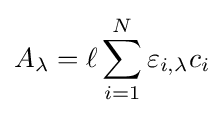
A_{\lambda }=\ell \sum _{i=1}^{N}\varepsilon _{i,\lambda }c_{i}